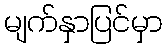
မျက်နှာပြင်မှာ